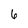
Character: 6